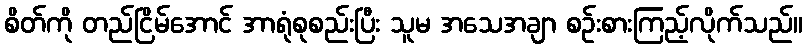
စိတ်ကို တည်ငြိမ်အောင် အာရုံစုစည်းပြီး သူမ အသေအချာ စဉ်းစားကြည့်လိုက်သည်။